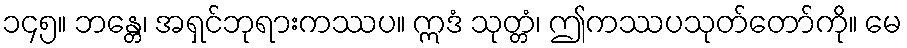
၁၄၅။ ဘန္တေ၊ အရှင်ဘုရားကဿပ။ ဣဒံ သုတ္တံ၊ ဤကဿပသုတ်တော်ကို။ မေ